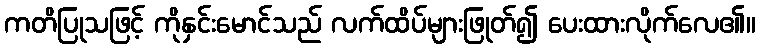
ကတိပြုသဖြင့် ကိုနှင်းမောင်သည် လက်ထိပ်များဖြုတ်၍ ပေးထားလိုက်လေ၏။